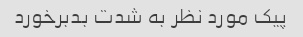
پیک مورد نظر به شدت بدبرخورد